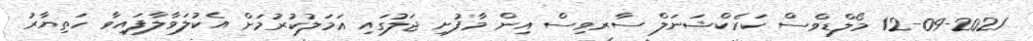
12-09-2021 މޯލްޑިވްސް ކަރެކްޝަނަލް ސާރވިސް އިން މާފުށި ޖަލުގައި ޢަމަލުކުރުމަށް އެކުލަވާލާފައިވާ ހަތިޔާރު